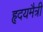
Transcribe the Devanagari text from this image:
हृदयमैत्री